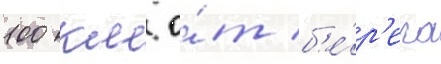
100 км о́т б'е́р'ега